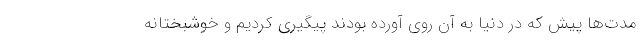
مدت‌ها پیش که در دنیا به آن روی آورده بودند پیگیری کردیم و خوشبختانه